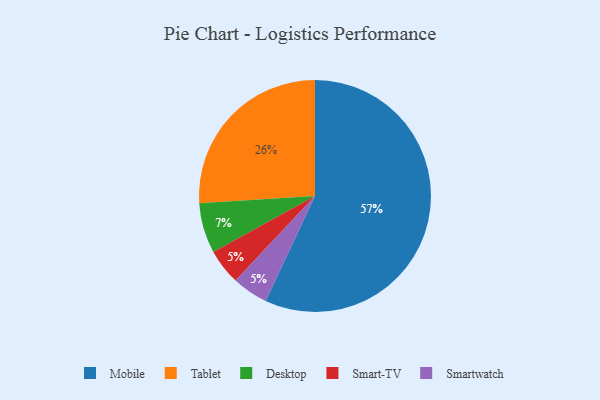
{"axis": {"x": "Category", "y": "Percentage"}, "legend": ["Desktop", "Mobile", "Smart-TV", "Smartwatch", "Tablet"], "data": [{"x": "Smart-TV", "y": 5, "type": "Smart-TV"}, {"x": "Desktop", "y": 7, "type": "Desktop"}, {"x": "Mobile", "y": 57, "type": "Mobile"}, {"x": "Tablet", "y": 26, "type": "Tablet"}, {"x": "Smartwatch", "y": 5, "type": "Smartwatch"}]}